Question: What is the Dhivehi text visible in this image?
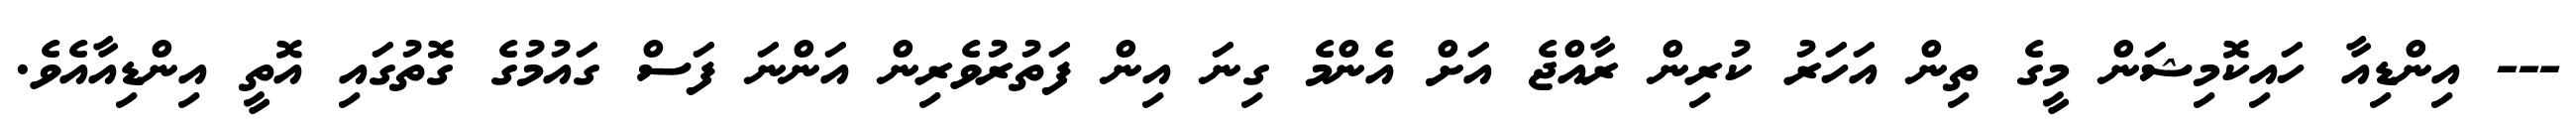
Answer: --- އިންޑިއާ ހައިކޮމިޝަން މީގެ ތިން އަހަރު ކުރިން ރާއްޖެ އަށް އެންމެ ގިނަ އިން ފަތުރުވެރިން އަންނަ ފަސް ގައުމުގެ ގޮތުގައި އޮތީ އިންޑިއާއެވެ.